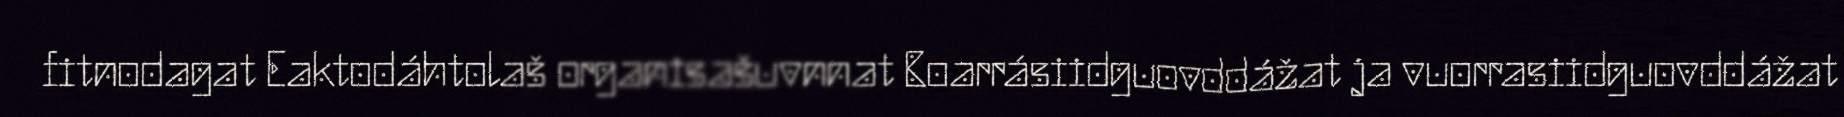
fitnodagat Eaktodáhtolaš organisašuvnnat Boarrásiidguovddážat ja vuorrasiidguovddážat